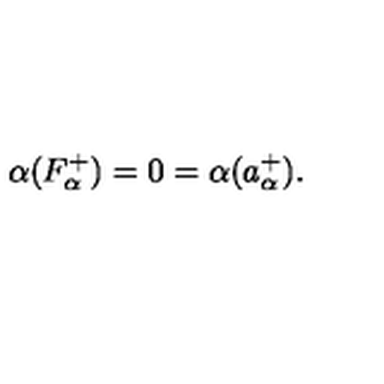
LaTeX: \alpha ( F _ { \alpha } ^ { + } ) = 0 = \alpha ( a _ { \alpha } ^ { + } ) .